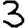
Digit: 3